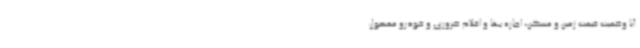
آیا وضعیت قیمت زمین و مسکن، اجاره بها و اقلام ضروری و خودرو محصول